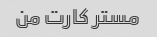
مستر کارت من